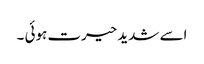
اسے شدید حیرت ہوئی ۔